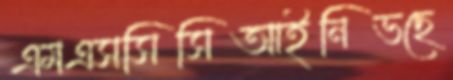
এমএসসিসিআইনিভছে